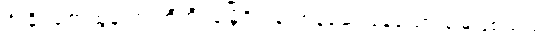
ဦးခိုင်ဇော်ထွန်းက တီဟီရန်မြို့ရှိ ပန်းကန်ဆေးနေသော မြေဖြစ်သည်